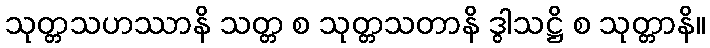
သုတ္တသဟဿာနိ သတ္တ စ သုတ္တသတာနိ ဒွါသဋ္ဌိ စ သုတ္တာနိ။